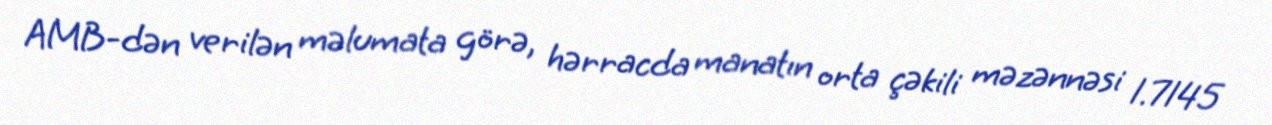
AMB-dən verilən məlumata görə, hərracda manatın orta çəkili məzənnəsi 1.7145